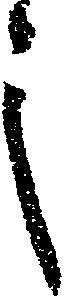
之